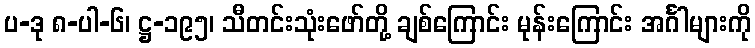
ပ-ဒု ၈-ပါ-၆၊ ဋ္ဌ-၁၉၅၊ သီတင်းသုံးဖော်တို့ ချစ်ကြောင်း မုန်းကြောင်း အင်္ဂါများကို